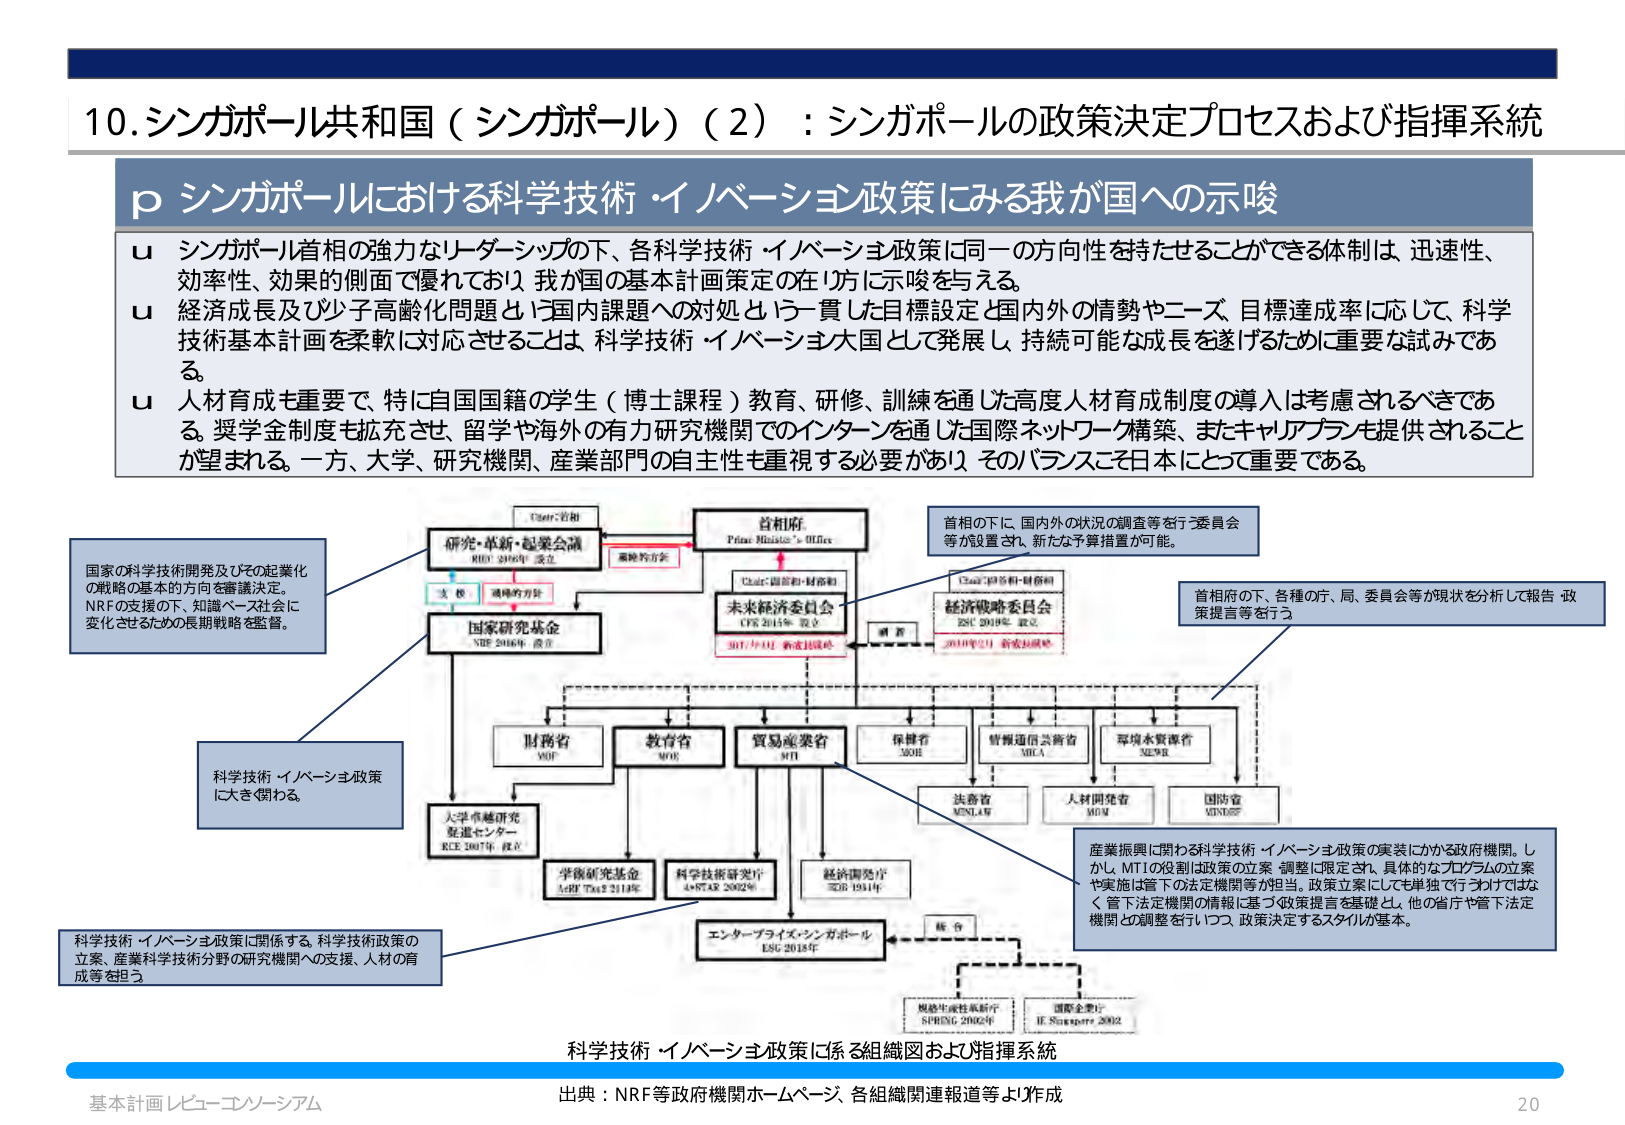
10. シンガポール共和国（シンガポール）（2）：シンガポールの政策決定プロセスおよび指揮系統

p シンガポールにおける科学技術・イノベーション政策にみる我が国への示唆

u シンガポール首相の強力なリーダーシップの下、各科学技術・イノベーション政策に同一の方向性を持たせることができる体制は、迅速性、効率性、効果的側面で優れており、我が国の基本計画策定の在り方に示唆を与える。

u 経済成長及び少子高齢化問題など国内課題への対処という一貫した目標設定と国内外の情勢やニーズ、目標達成率に応じて、科学技術基本計画を柔軟に対応させることは、科学技術・イノベーション大国として発展し、持続可能な成長を遂げるために重要な試みである。

u 人材育成も重要で、特に自国国籍の学生（博士課程）教育、研修、訓練を通じた高度人材育成制度の導入は考慮されるべきである。奨学金制度も拡充させ、留学や海外の有力研究機関でのインターンを通じた国際ネットワーク構築、またキャリアプランも提供されることが望まれる。一方、大学、研究機関、産業部門の自主性も重視する必要があり、そのバランスこそ日本にとって重要である。

国家の科学技術開発及びその起業化の戦略の基本的方向を審議決定。NRFの支援の下、知識ベース社会に変化させるための長期戦略を監督。

科学技術・イノベーション政策に大きく関わる。

科学技術・イノベーション政策に関係する。科学技術政策の立案、産業科学技術分野の研究機関への支援、人材の育成等を担う。

研究・革新・起業会議
RIB 2006年 設立

国家研究基金
NRF 2006年 設立

首相府
Prime Minister's Office

未来経済委員会
CFE 2013年 設立
2017年4月 新委員会

経済戦略委員会
ESC 2010年 設立
2010年12月 新委員会

首相の下に、国内外の状況の調査等を行う委員会等が設置され、新たな予算措置が可能。

首相府の下、各種の庁、局、委員会等が現状を分析して報告・政策提言等を行う。

財務省
MOF

教育部
MOE

貿易産業省
MTI

保健省
MOH

情報通信発展省
MICA

環境水資源省
NEA

大学卓越研究推進センター
RCE 2007年 設立

学術研究基金
A*STAR 2002年

科学技術研究庁
A*STAR 2002年

経済開発庁
EDB 1961年

法務省
MINLAW

人材開発省
MOM

国防省
MINDEF

エンタープライズシンガポール
ESG 2013年

産業振興に関わる科学技術・イノベーション政策の実装にかかる政府機関。しかし、MTIの役割は政策の立案・調整に限定され、具体的なプログラムの立案や実施は管下の法定機関等が担当。政策立案にしても単独で行うわけではなく、管下法定機関の情報に基づく政策提言を基礎とし、他の省庁や管下法定機関との調整を行いつつ、政策決定するスタイルが基本。

規格生産性革新庁
SPRING 2002年

国際企業庁
IE Singapore 2002

科学技術・イノベーション政策に係る組織図および指揮系統

出典：NRF等政府機関ホームページ、各組織関連報道等より作成

基本計画レビュー・コンソーシアム

20